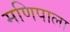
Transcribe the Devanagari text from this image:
मणिपाला